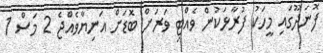
ފޮނަދޫގައި މީހަކު ފުރާޅަކުން ވެއްޓި ވަރަށް ބޮޑަށް އަނިޔާވެއްޖެ 2 މަސް 1